Vital statistics of India. Vol. VI, European troops 1870-79
Year: 1870
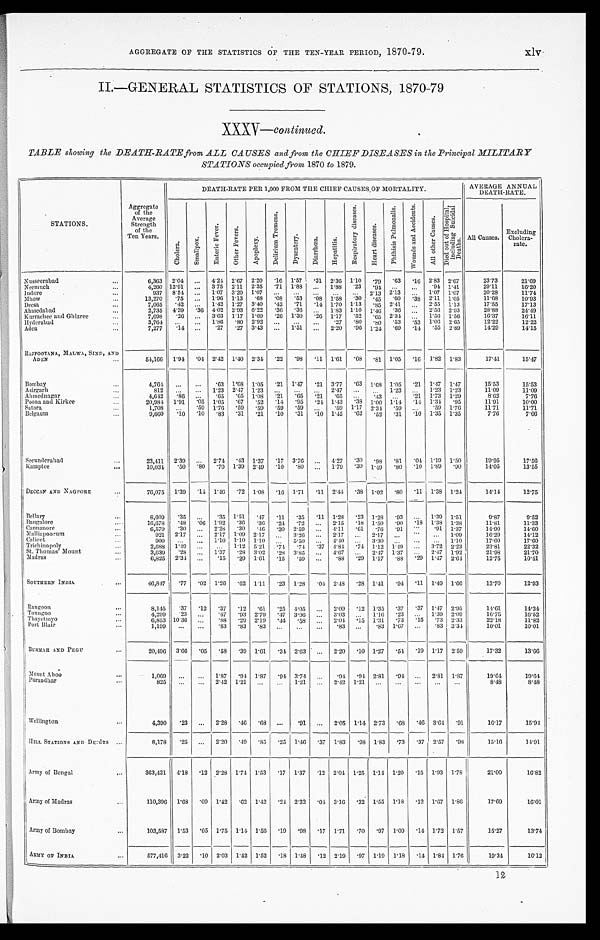
AGGREGATE OF THE STATISTICS OF THE TEN-YEAR PERIOD, 1870-79.
xlv
II.—GENERAL STATISTICS OF STATIONS, 1870-79
XXXV—
continued.
TABLE showing the DEATH-RATE from ALL CAUSES and from the CHIEF DISEASES in the Principal MILITARY
STATIONS occupied from 1870 to 1879.
DEATH-RATE PER 1,000 FROM THE CHIEF CAUSES OF MORTALITY.
AVERAGE ANNUAL
DEATH-RATE.
STATIONS.
Aggregate
of the
Average
Strength
of the
Ten Years.
C h o l e r a .
S m a l l p o x .
E n t e r i c F e v e r .
O t h e r F e v e r s .
A p o p l e x y .
D e l i r i u m T r e m e n s .
D y s e n t e r y .
D i a r r h œ a .
H e p a t i t i s .
R e s p i r a t o r y d i s e a s e s .
H e a r t d i s e a s e s .
P h t h i s i s P u l m o n a l i s .
W o u n d s a n d A c c i d e n t s .
A l l o t h e r C a u s e s .
D i e d o u t o f H o s p i t a l i n c l u d i n g S u i c i d a l D e a t h s .
All Causes.
Excluding
Cholera-
rate.
Nusseerabad . . .
6,363
2.04 . . .
4.24 2.67 2.20
.16 1.57
.31 2.36 1.10
.79 .63
.16 2.83 2.67
23.73
21.69
.71 1.88
. . .
1.88
.23
.94 . . .
. . .
.94 1.41
29.11
16.20
2.35
Neemuch . . .
4,260 12.91
. . . 3.75 2.11
2.13
. . . 1.07 1.07
20.28
11.74
Indore . . .
937
8.54
. . . 1.07 3.20 1.07
. . .
. . .
. . .
. . .
. . . 2.13
2.11 1.05
11.68
10.93
Mhow . . .
13,270
.75
. . . 1.96 1.13
.68
.08 .53
.08 1.58
.30
.45 .60
.38
Deesa . . .
7,065
.42
. . . 1.42 1.27 3.40
.42
.71
.14 1.70 1.13
.85 2.41
. . . 2.55 1.13
17.55
17.13
.36
. . . 2.56 2.93
28.88
24.49
2,735
4.39
.36 4.02 2.93 6.22
.36 .36
. . . 1.83 1.10 1.46
Ahmedabad . . .
1.56 1.56
16.37
16.11
7,698
.26 . . .
3.63 1.17 1.69
.26 1.30
.26 1.17
.52
.65 2.34
. . .
Kurracliee and Ghizree . . .
3,764
. . .
. . . 1.86
.80 2.92
. . .
. . .
. . .
.27
.80
.80 .53
.53 1.06 2.65
12.22
12.22
Hyderabad . . .
2.89
14.29
14.15
.55
7,277
.14 . . .
.27
.27 3.43
. . .
1.51
. . .
2.20
.96 1.24 .69
.14
Aden . . .
RAJPOOTANA, MALWA, SIND, AND
ADEN . . .
54,166
1.94
.04 2.42 1.40 2.34
.22 .98
.11 1.61
.68
.81 1.05
.16 1.82 1.83
17.41
15.47
Bombay . . .
4,764 . . .
. . .
.63 1.68 1.05
.21 1.47
.21 3.77
.63 1.68 1.05
.21 1.47 1.47
15.53
15.53
Asirgar . . .
812
. . .
. . .
1.23 2.47 1.23
. . .
. . .
. . . 2.47
. . .
. . .
1.23
. . .
1.23 1.23
11.09
11.09
Ahmednagar . . .
4,642
.86
. . .
.65
.65 1.08
.21
. . .
.21
.65
. . .
. 4 3 . . .
.21 1.73 1.29
8 . 6 2
7 . 7 6
.95
11.91
10.00
1.34
Poona and Kirkee . . .
20,984 1.91
. 05 1.05
.67
.52
.14 .95
.24 1.43
.38 1.00 1.14
.14
Satar. . .
1,708
. . .
.59 1.76
.59
.59
.59 .59
. . .
.59 1.17 2.34 .59
. . .
.59 1.76
11.71
11.71
Belgaum . . .
9,660
.10
.10 .83
.31
.21
.10 .31
.10 1.45
.62
. 5 2 .31
.10 1.35 1.35
7.76
7.66
Secunderabad . . .
23,411
2.39
. . .
2.74
.43 1.37
.17 3.76
. . .
4.27
.30
. 9 8 .81
.04 1.19 1.50
19.95
17.56
.30
.80
.10 1.89
. 9 0
14.05
13.55
1.49
Kamptee . . .
10,034
.50
.80
.70 1.39 2.49
.10 .80
. . .
1.79
DECCAN AND NAGPORE . . .
76,075
1.39
.14 1.46
.72 1.08
.16 1.71
.11 2.44
.38 1.02
.80
.11 1.38 1.24
14.14
12.75
Bellary . . .
8,609
.35
. . .
.35 1.51
.47
.11
.35
.11 1.28
.23 1.28
.93
. . . 1.39 1.51
9.87
9.52
.18 1.50
.90
.18 1.38 1.38
11.81
11.33
2.15
Bangalore . . .
16,678
.48
.06 1.92
.30
.36 .24
.72
. . .
.61
.76
.91
. . . .91 1.37
14.90
14.60
Cannanore . . .
6,579
.30
. . . 2.28
.30
.46
.30 2.59
. . .
4 . 1 1
14.12
16.29
Malliapoorum . . .
921
2.17
. . .
2.17 1.09 2.17
. . .
3.26 . . .
2.17
. . .
2.17
. . .
. . .
. . . 1.09
1.10
17.60
17.60
Calicut . . .
909
. . .
. . .
1.10 1.10 1.10 . . .
5.50
. . .
4 . 4 0
. . .
3 . 3 0
. . .
. . .
. . .
.37 4.84 .74 1.12 1.49
. . .
3.72 2.23
23.81
22.32
Trichinopoly . . .
2,688
1.49 . . .
. . .
1.12 5.21
.74 .74
2.47 1.92
21.98
21.70
St. Thomas' Mount . . .
3,639
.28
. . .
1.37
.28 3.02
.28 3.85
. . .
4.67
. . . 2.47 1.37
. . .
.2.9 1.17
.88
.20 1.47 2.64
12.75
10.41
.88
Madras . . .
6,825
2.34 . . .
.15
.29 1.61
. 1 5 .59
. . .
SOUTHERN INDIA . . .
46,847
.77
.02 1.26
.62 1.11
. 2 3 1.28
.04 2.48
.28 1.41
.94
.11 1.49 1.66
13.70
12.93
Rangoon . . .
8,145
.37
.12
.37
.12
.61
. 2 5 4.05
. . . 2.09
.12 1.35
.37 .37 1.47 2.95
14.61
14.24
. . .
1.39 2.09
16.75
16.52
.23
Toungoo . . .
4.299
.23
. . .
.47
.93 2.79
. 4 7 3.96
. . .
3.03
. . .
1.16
.15 .73 2.33
22.18
11.82
.73
Thayetmyo . . .
6.853 10.36
. . .
.88
.29 2.19
. 4 4 .58
. . . 2.04 .15 1.31
.83 1.67
. . .
.83 3.34
10.01
10.01
Port Blair . . .
1,199
. . .
. . .
.83
.83
.83
. . .
. . .
. . .
.83
. . .
BURMAH AND PEGU . . .
20,496
3.66
.05
.58
.39 1.61
. 3 4 2.63
. . . 2.20
.10 1.27
.54
.19 1.17 2.59
17.32
13.66
Mount Aboo . . .
1,069
. . .
. . .
1.87
.94 1.87
. 9 4 3.74
. . .
.94
.94 2.81
.94 . . .
2.81 1.37
19.64
19.64
Purandhar . . .
825
. . .
. . .
2 . 4 2
1 . 2 1
. . .. . .
1 . 2 1
. . .
2 . 4 2
1 . 2 1
. . .
. . .. . .
. . .
. . .
8.48
8.48
Wellington . . .
4,390
.23
. . .
2.28
.46
.68
. . .
.91
. . .
2.05 1.14 2.73
.68
.46 3.64 .91
16.17
15.94
HILL STATIONS AND Desôrs . . .
8,178
.25
. . .
2.20
.49
.85
.25 1.46 .37 1.83
.98 1.83
.73
.37 2.57
.98
15.16
14.91
Army of Bengal . . .
363,431 4.18
.12 2.28 1.74 1.53
.17 1.37
.12 2.04 1.25 1.14 1.20
.15 1.93 1.78
21.00
16.82
Army of Madras . . .
110,396
1.68 .09 1.42
.62 1.42
.24 2.32
.04 3.16 .32 1.55 1.18
.12 1.67 1.86
17.69
16.01
Army of Bombay . . .
103,587
1.53
.05 1.75 1.14 1.56
.19
.98
.17 1.71
.70
.97 1.09
.14 1.72 1.57
15.27
13.74
ARMY OF INDIA
. . .
577,416
3.22 .10 2.03 1.42 1.52
.8 1.48
.12 2.19
.97 1.19 1.18
.14 1.84 1.76
19.34
16.12